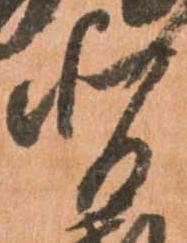
背